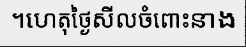
។ហេតុថ្ងៃសីលចំពោះនាង